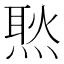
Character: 㷦